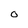
Character: O